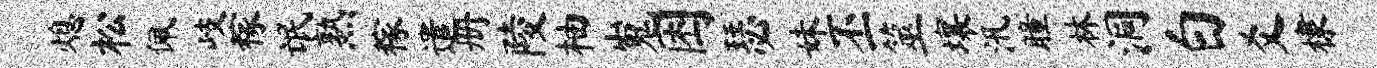
熄松佩岐稼氓熟稼遣册陵柚嵬困瑟妹丕筮壤汛瞳林洞白爻棣